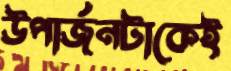
উপার্জনটাকেই